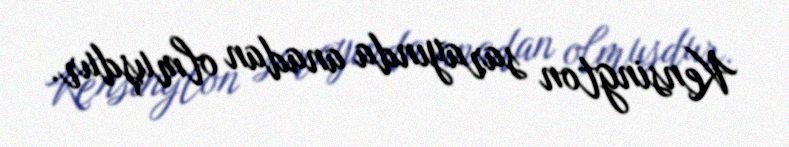
Kensington sarayında anadan olmuşdur.